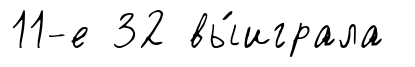
11-е 32 вы́играла